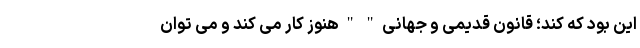
این بود که کند؛ قانون قدیمی و جهانی " " هنوز کار می کند و می توان